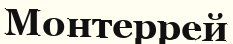
Монтеррей